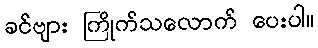
ခင်ဗျား ကြိုက်သလောက် ပေးပါ။